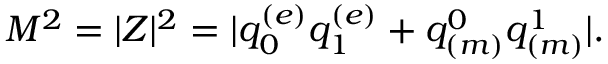
M ^ { 2 } = | Z | ^ { 2 } = | q _ { 0 } ^ { ( e ) } q _ { 1 } ^ { ( e ) } + q _ { ( m ) } ^ { 0 } q _ { ( m ) } ^ { 1 } | .